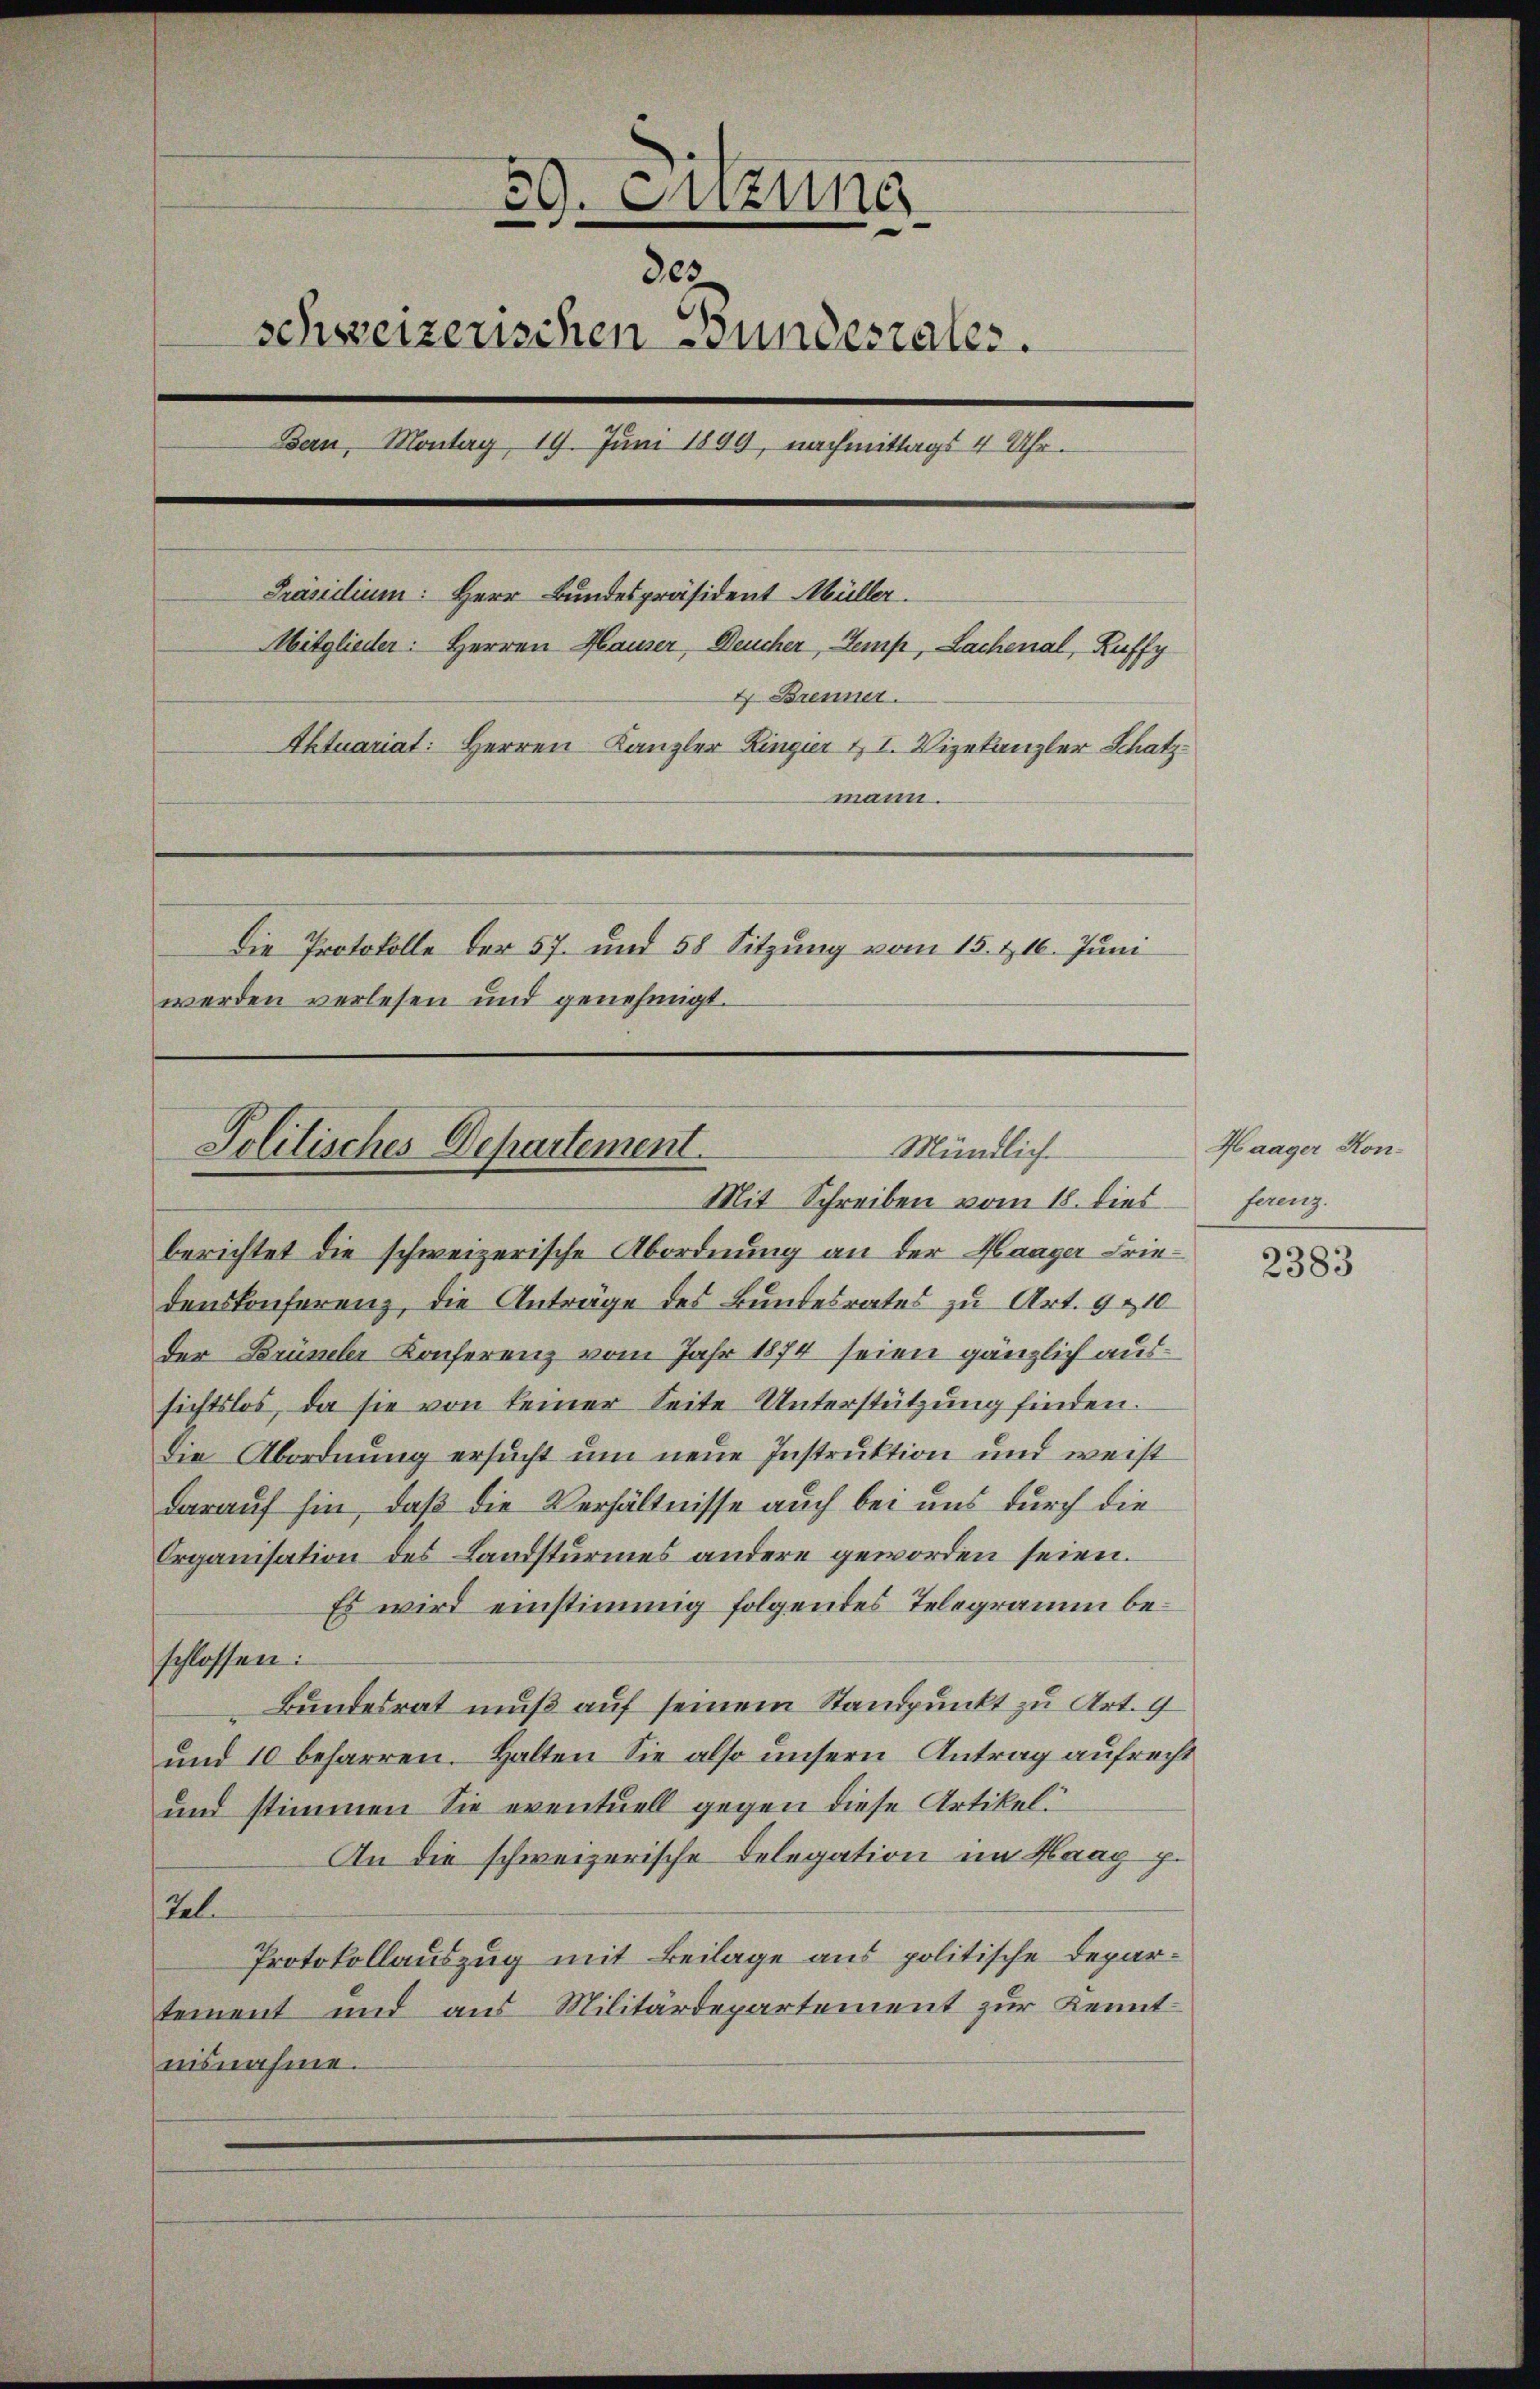
59. Suzung
des
schweizerischen Bundesrates.
Bern, Montag, 19. Juni 1899, nachmittags 4 Uhr.
Präsidium: Herr Bundespräsident Müller.
Mitglieder: Herren Hauser, Deucher, Semp, Lachenal, Ruffy
4 Brenner.
Aktuariat: Herren Kanzler Lingier & I. Vizekanzler Schatzmann.
Die Protokolle der 57. und 58 Sitzung vom 15. & 16. Juni
werden verlesen und genehmigt.

berichtet die schweizerische Abordnung an der Haager Friedens Konferenz, die Anträge des Bundesrates zu Art. 9 & 10
der Brümeler Konferenz vom Jahr 1874 seien gänzlich aussichtslos, da sie von keiner Seite Unterstützung finden.
Die Abordnung ersucht um neue Instruktion und weist
darauf hin, daß die Verhältnisse auch bei uns durch die
Organisation des Landsturmes andere geworden seien.
Es wird einstimmig folgendes Telegramm beschlossen:
Bundesrat muß auf seinem Standpunkt zu Art. 9
und 10 beharren. Halten Sie also unsern Antrag aufrecht
und stimmen Sie eventuell gegen diese Artikel.
An die schweizerische Delegation im Haag p.
tel.
Protokollauszug mit Beilage aus politische Departement und aus Militärdepartement zur Kenntnisnahme.

Mündlich
Politisches Departement.
Mit Schreiben vom 18. dies

Haager Konhang.

2383